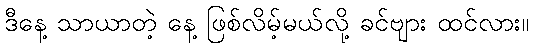
ဒီနေ့ သာယာတဲ့ နေ့ ဖြစ်လိမ့်မယ်လို့ ခင်ဗျား ထင်လား။